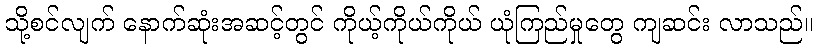
သို့စင်လျက် နောက်ဆုံးအဆင့်တွင် ကိုယ့်ကိုယ်ကိုယ် ယုံကြည်မှုတွေ ကျဆင်း လာသည်။